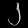
Digit: ၂